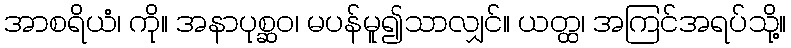
အာစရိယံ၊ ကို။ အနာပုစ္ဆဝ၊ မပန်မူ၍သာလျှင်။ ယတ္ထ၊ အကြင်အရပ်သို့။